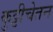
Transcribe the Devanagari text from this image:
कुट्टीचेतन